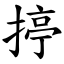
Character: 揨